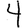
Digit: 4